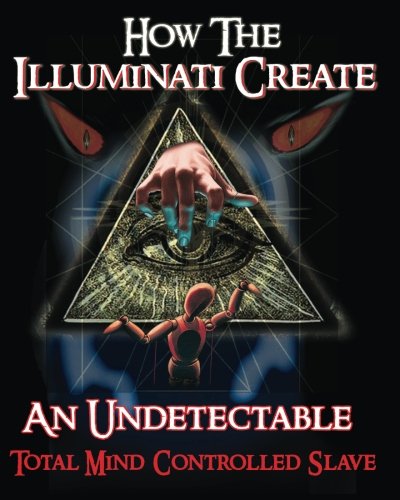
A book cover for How The Illuminati Create An Undetectable Total Mind Controlled Slave; Illuminati Formula; Medical Books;